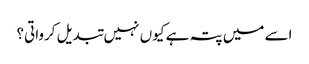
اسے میں پتہ ہے کیوں نہیں تبدیل کرواتی؟